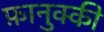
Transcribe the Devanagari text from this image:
फ़ानुक्की